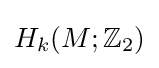
H_{k}(M;\mathbb {Z} _{2})